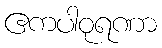
ဧကပါဝုရဏာ